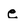
Character: e